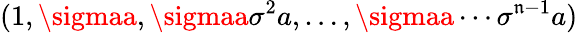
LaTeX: (1,\sigmaa,\sigmaa\sigma^{2}a,\ldots,\sigmaa\cdots\sigma^{\mathfrak{n}-1}a)